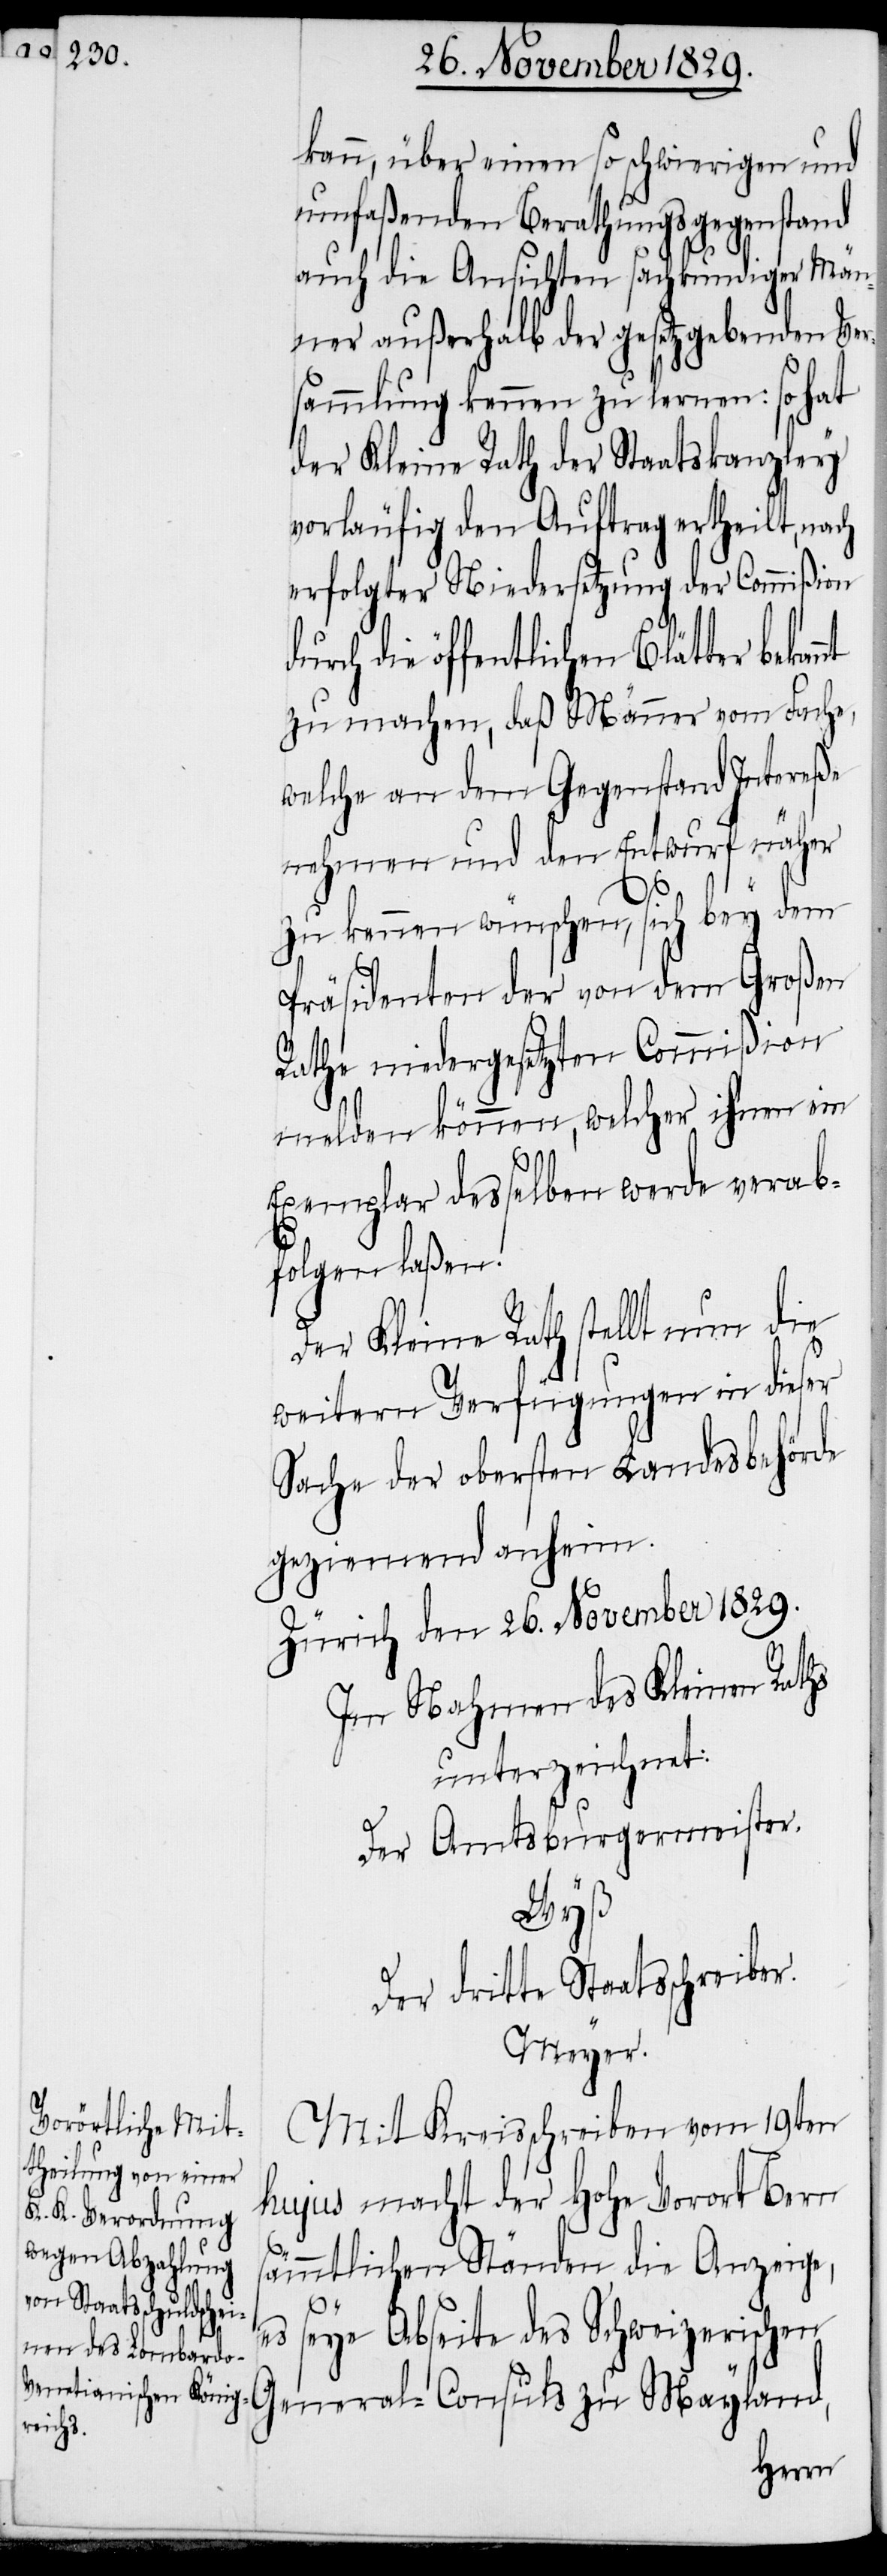
kann, über einen so schwierigen und
umfaßenden Berathungsgegenstand
auch die Ansichten sachkundiger Män¬
ner außerhalb der gesetzgebenden Ver¬
sammlung kennen zu lernen: so hat
der Kleine Rath der Staatskanzley
vorläufig den Auftrag ertheilt, na¬
erfolgter Niedersetzung der Commißion
die öffentlichen Blätter bekan¬
zu machen, daß Männer vom Fache,
welche an dem Gegenstand Intereße
nehmen und den Entwurf näher
zu kennen wünschen, sich bey dem
Präsidenten der von dem Großen
Rathe niedergesetzten Commißion
melden können, welcher ihnen ein
Exemplar desselben werde verab¬
folgen laßen!
Der Kleine Rath stellt nun die
weitern Verfügungen in dieser
Sache der obersten Landesbehörde
geziemend anheim.
Zürich den 26. November 1829.
Im Nahmen des Kleinen Raths
unterzeichnet:
Der Amtsburgermeister.
Wyß
Der dritte Staatsschreiber.
Meyer.
Mit Kreisschreiben vom 19ten
hujus macht der Hohe Vorort Bern
ämmtlichen Ständen die Anzeige,
s¬
es seye Abseite des Schweizerischen
General-Consuls zu Mayland,